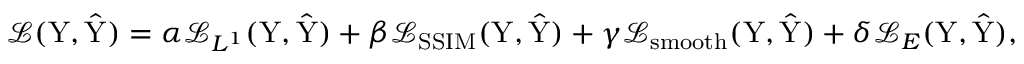
\mathcal { L } ( \mathrm { Y } , \hat { \mathrm { Y } } ) = \alpha \mathcal { L } _ { L ^ { 1 } } ( \mathrm { Y } , \hat { \mathrm { Y } } ) + \beta \mathcal { L } _ { \mathrm { S S I M } } ( \mathrm { Y } , \hat { \mathrm { Y } } ) + \gamma \mathcal { L } _ { \mathrm { s m o o t h } } ( \mathrm { Y } , \hat { \mathrm { Y } } ) + \delta \mathcal { L } _ { \boldsymbol { E } } ( \mathrm { Y } , \hat { \mathrm { Y } } ) ,